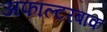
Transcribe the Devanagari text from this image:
अफाल्टरबाक